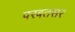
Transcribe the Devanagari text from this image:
परबतसर